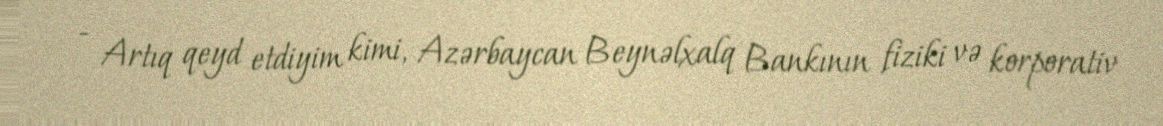
- Artıq qeyd etdiyim kimi, Azərbaycan Beynəlxalq Bankının fiziki və korporativ